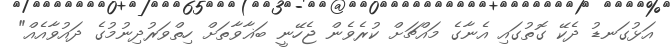
އަޅުގަނޑު ދެކޭ ގޮތުގައި އެނާގެ މައްޗަށް ކުރެވެން ޖެހޭނީ ބަޣާވާތަށް ހިތްވަރުދިނުމުގެ ދައުވާއެއް"